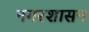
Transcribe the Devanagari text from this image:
नगरशासन